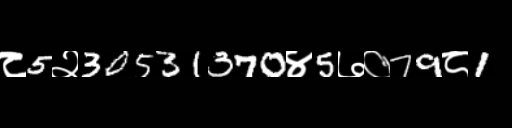
Text: ८5२30531370४5७०79८1